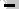
Text: -